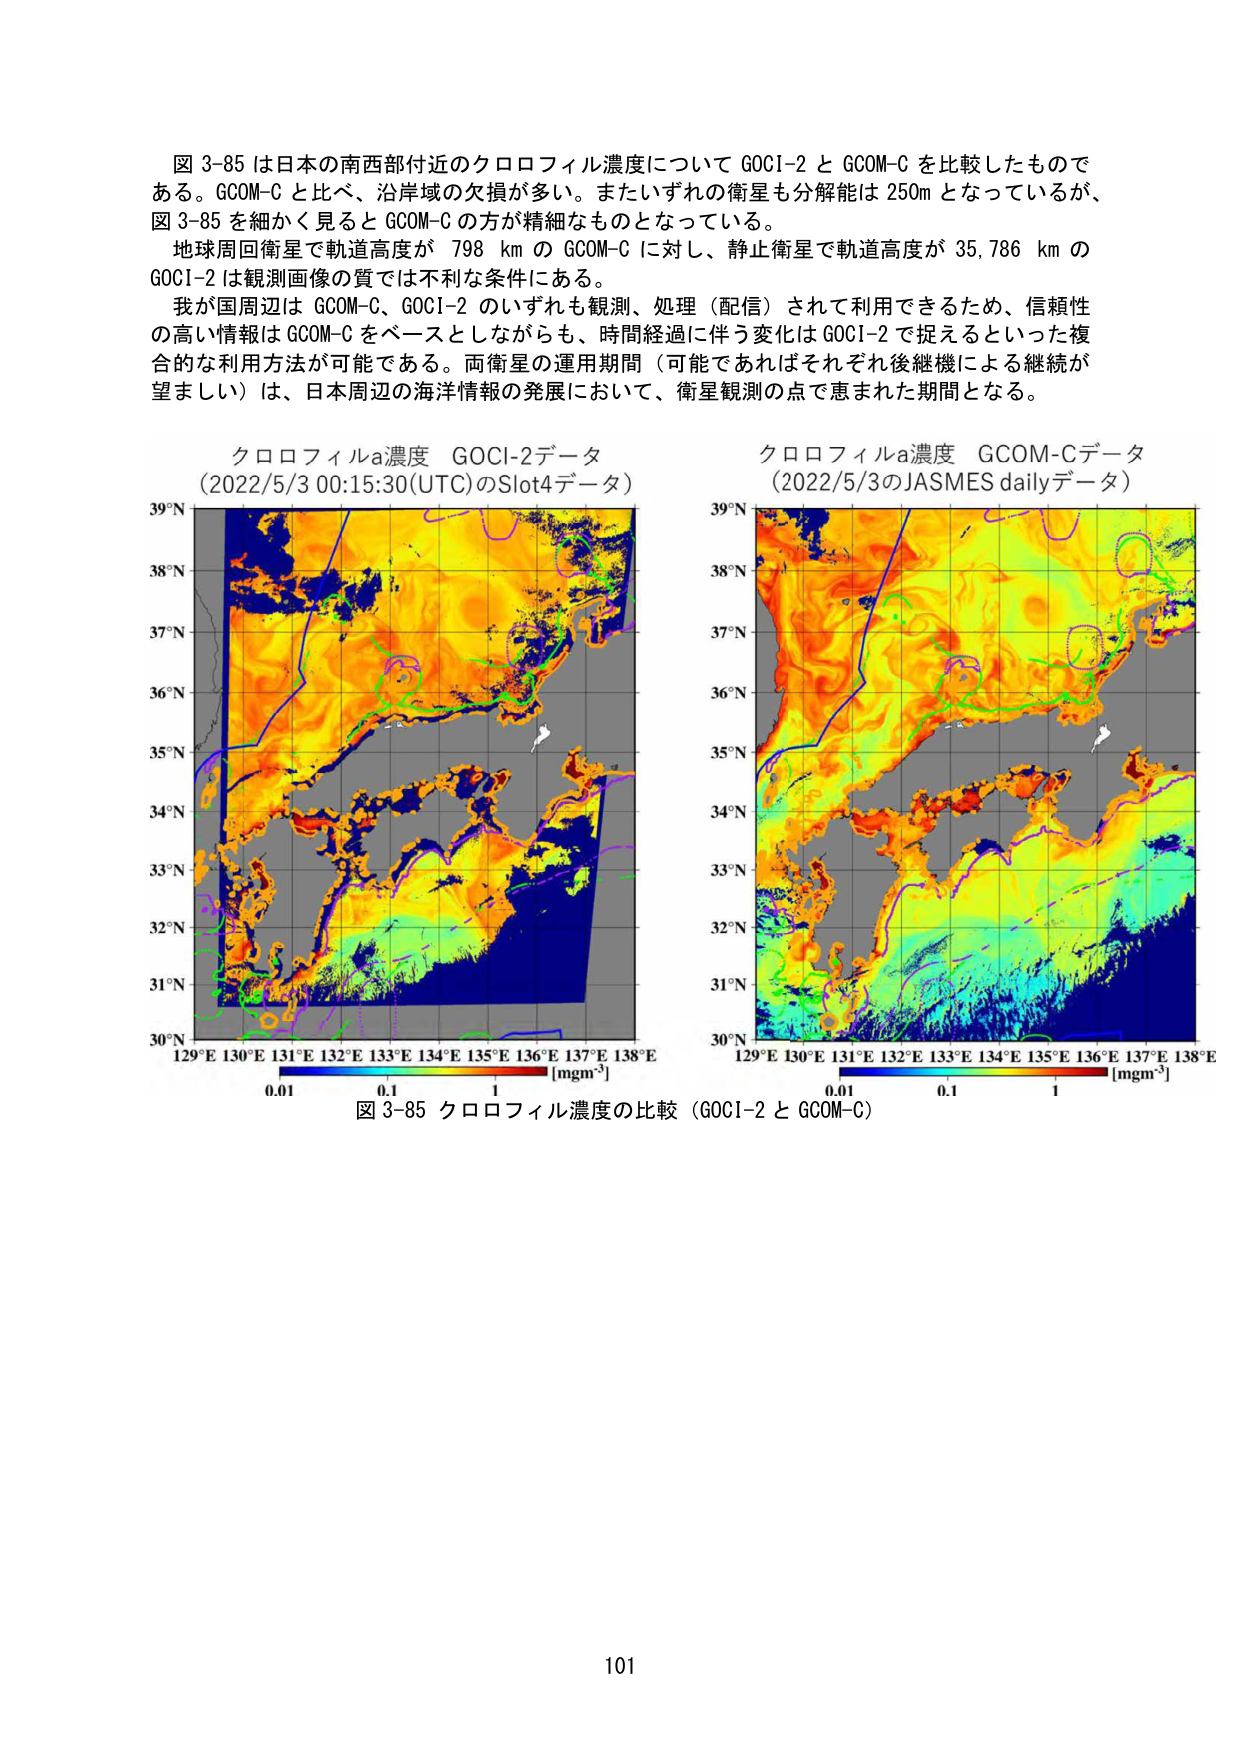
図 3-85 は日本の南西部付近のクロロフィル濃度について GOCI-2 と GCOM-C を比較したものである。GCOM-C と比べ、沿岸域の欠損が多い。またいずれの衛星も分解能は 250m となっているが、図 3-85 を細かく見ると GCOM-C の方が精細なものとなっている。

地球周回衛星で軌道高度が 798 km の GCOM-C に対し、静止衛星で軌道高度が 35,786 km の GOCI-2 は観測画像の質では不利な条件にある。

我が国周辺は GCOM-C、GOCI-2 のいずれも観測、処理（配信）されて利用できるため、信頼性の高い情報は GCOM-C をベースとしながらも、時間経過に伴う変化は GOCI-2 で捉えるといった複合的な利用方法が可能である。両衛星の運用期間（可能であればそれぞれ後継機による継続が望ましい）は、日本周辺の海洋情報の発展において、衛星観測の点で恵まれた期間となる。

クロロフィルa濃度 GOCI-2データ
（2022/5/3 00:15:30(UTC)のSlot4データ）

39°N
38°N
37°N
36°N
35°N
34°N
33°N
32°N
31°N
30°N
129°E 130°E 131°E 132°E 133°E 134°E 135°E 136°E 137°E 138°E
0.01 0.1 1 [mgm⁻³]

クロロフィルa濃度 GCOM-Cデータ
（2022/5/3のJASMES dailyデータ）

39°N
38°N
37°N
36°N
35°N
34°N
33°N
32°N
31°N
30°N
129°E 130°E 131°E 132°E 133°E 134°E 135°E 136°E 137°E 138°E
0.01 0.1 1 [mgm⁻³]

図 3-85 クロロフィル濃度の比較（GOCI-2 と GCOM-C）

101